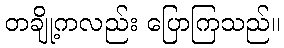
တချို့ကလည်း ပြောကြသည်။